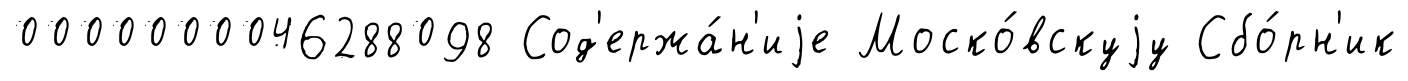
0000000046288098 Сод'ержа́н'иjе Моско́вскуjу Сбо́рн'ик